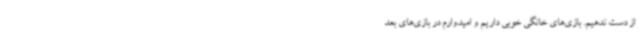
از دست ندهیم. بازی‌های خانگی خوبی داریم و امیدوارم در بازی‌های بعد